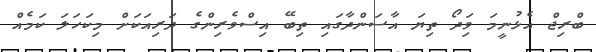
ބްރިޖް އެޅުނީމަ ވަިދޯ ތިޔަ އާސަންދާގައި ތިބޭ އިސްވެރިންގެ ދަރިއަކަށް މިކަހަލަ ކަމެއް